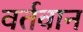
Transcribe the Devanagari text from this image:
वर्तवान